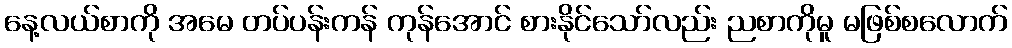
နေ့လယ်စာကို အမေ တပ်ပန်းကန် ကုန်အောင် စားနိုင်သော်လည်း ညစာကိုမူ မဖြစ်စလောက်